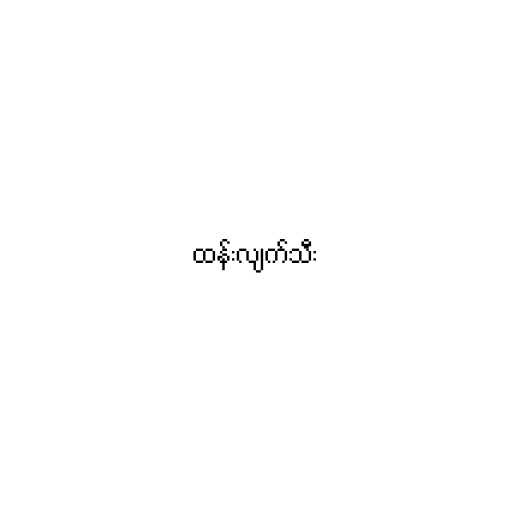
ထန်းလျက်သီး